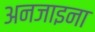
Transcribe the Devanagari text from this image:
अनजाइना